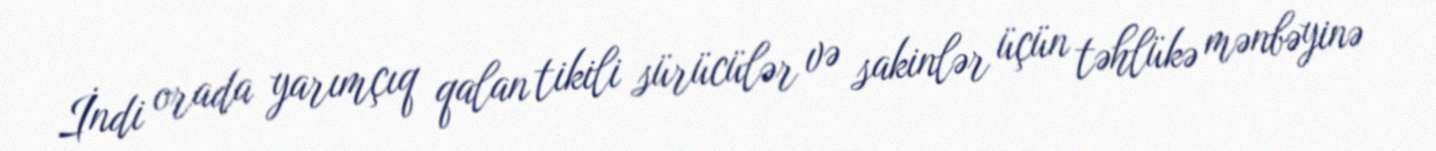
İndi orada yarımçıq qalan tikili sürücülər və sakinlər üçün təhlükə mənbəyinə